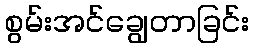
စွမ်းအင်ချွေတာခြင်း